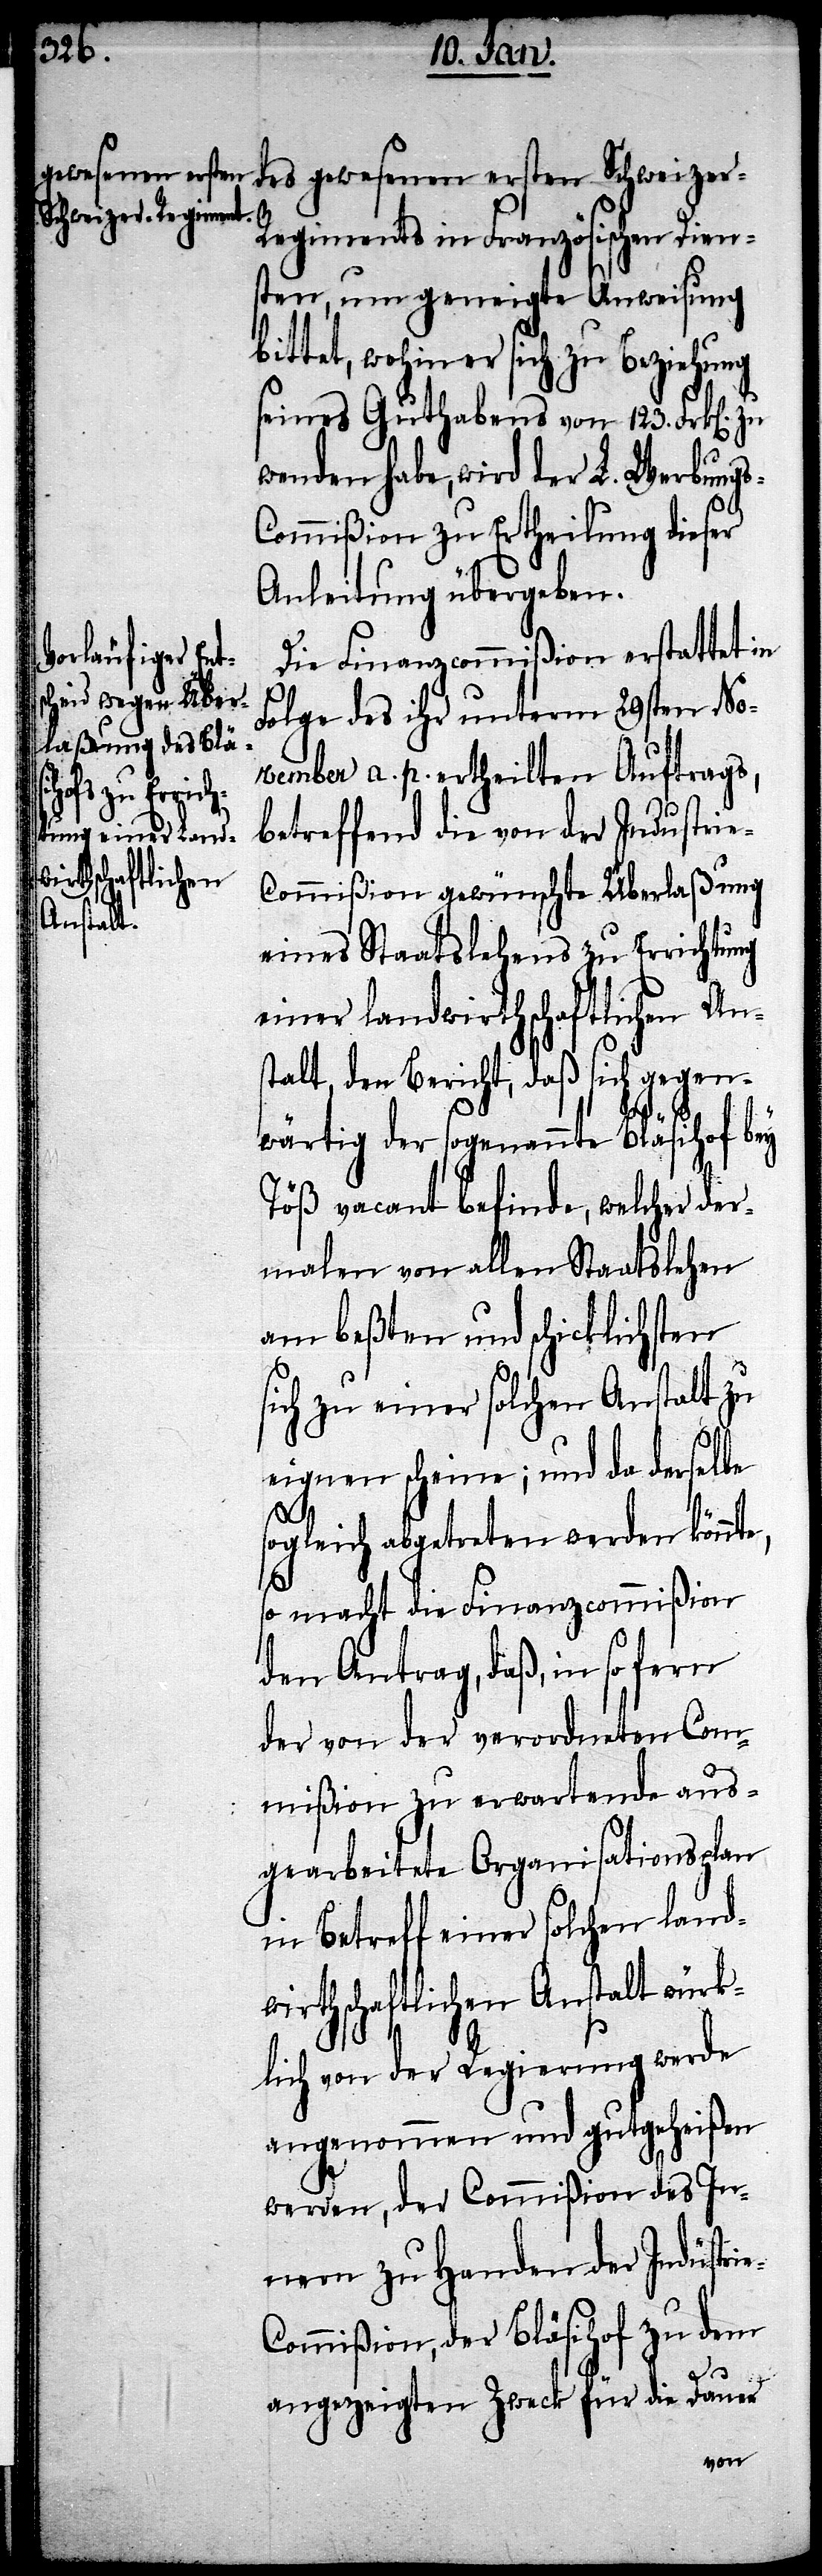
des gewesenen ersten Schweize¬
r-Regiments in Französischen Dien¬
sten, um geneigte Anweisung
bittet, wohin er sich zu Beziehung
seines Guthabens von 123. Frk[en].
wenden habe, wird der L. Werbung¬
s-Commißion zu Ertheilung dieser
Anleitung übergegeben.
Die Finanzcommißion erstattet
Folge des ihr unterm 29sten No¬
vember a. p. ertheilten Auftrags,
betreffend die von der Industri¬
e-Commißion gewünschte Überlaßung
eines Staatslehens zu Errichtung
einer landwirtschaftlichen An¬
stalt, den Bericht, daß sich gegen¬
wärtig der sogenannte Bläsihof bey
Töß vacant befinde, welcher der¬
malen von allen Staatslehen
am beßten und schicklichsten
sich zu einer solchen Anstalt zu
eignen scheine; und da derselbe
sogleich abgetreten werden könnte,
so macht die Finanzcommißion
den Antrag, daß, in so fern
der von der verordneten Com¬
mißion zu erwartende aus¬
gearbeitete Organisationsplan
in Betreff einer solchen land¬
wirtschaftlichen Anstalt würk¬
lich von der Regierung werde
angenommen und gutgeheißen
werden, der Commißion des In¬
nern zu Handen der Industri¬
ommißion, der Bläsihof zu dem
e-C¬
angezeigten Zweck für die Dauer